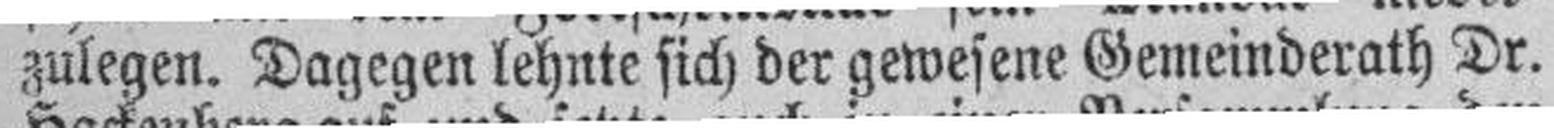
zulegen. Dagegen lehnte sich der gewesene Gemeinderath Dr.